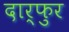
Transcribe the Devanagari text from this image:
दार्फुर